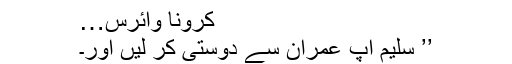
کرونا وائرس…
’’ سلیم آپ عمران سے دوستی کر لیں اور۔